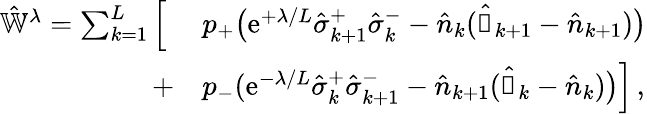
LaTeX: \begin{array}{rl}{\hat{\mathbb{W}}^{\lambda}=\sum_{k=1}^{L}\Big[\; }&{p_{+}\big(\mathrm{e}^{+\lambda/L}\hat{\sigma}_{k+1}^{+}\hat{\sigma}_{k}^{-}-\hat{n}_{k}(\hat{\mathbb{1}}_{k+1}-\hat{n}_{k+1})\big)}\\ {+}&{p_{-}(\mathrm{e}^{-\lambda/L}\hat{\sigma}_{k}^{+}\hat{\sigma}_{k+1}^{-}-\hat{n}_{k+1}(\hat{\mathbb{1}}_{k}-\hat{n}_{k})\big)\Big]\, ,}\end{array}